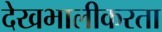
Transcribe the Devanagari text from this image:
देखभालीकरता